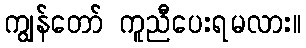
ကျွန်တော် ကူညီပေးရမလား။